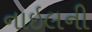
નાઇલની